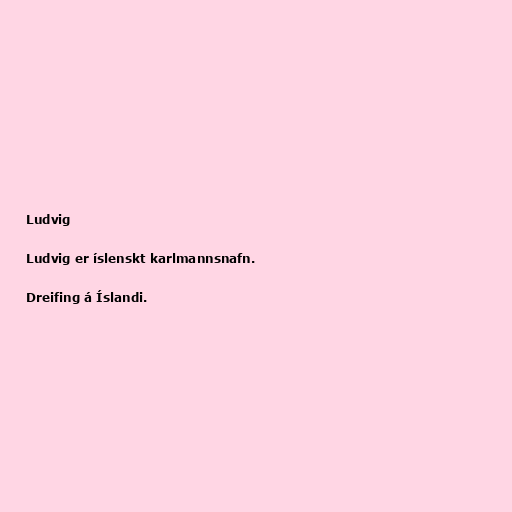
Ludvig

Ludvig er íslenskt karlmannsnafn.

Dreifing á Íslandi.